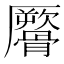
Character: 𩪜